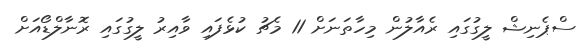
ސްޕެނިޝް ލީގުގައި ރެއާލުން މިހާތަނަށް 11 މެޗު ކުޅެފައި ވާއިރު ލީގުގައި ރޮނާލްޑޯއަށް